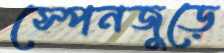
স্পেনজুড়ে